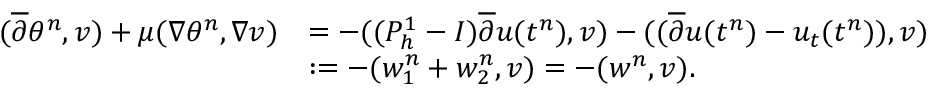
\begin{array} { r l } { ( \overline { { \partial } } \theta ^ { n } , v ) + \mu ( \nabla \theta ^ { n } , \nabla v ) } & { = - ( ( P _ { h } ^ { 1 } - I ) \overline { { \partial } } u ( t ^ { n } ) , v ) - ( ( \overline { { \partial } } u ( t ^ { n } ) - u _ { t } ( t ^ { n } ) ) , v ) } \\ & { : = - ( w _ { 1 } ^ { n } + w _ { 2 } ^ { n } , v ) = - ( w ^ { n } , v ) . } \end{array}